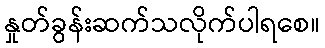
နှုတ်ခွန်းဆက်သလိုက်ပါရစေ။